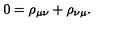
0 = \rho _ { \mu \nu } + \rho _ { \nu \mu } .